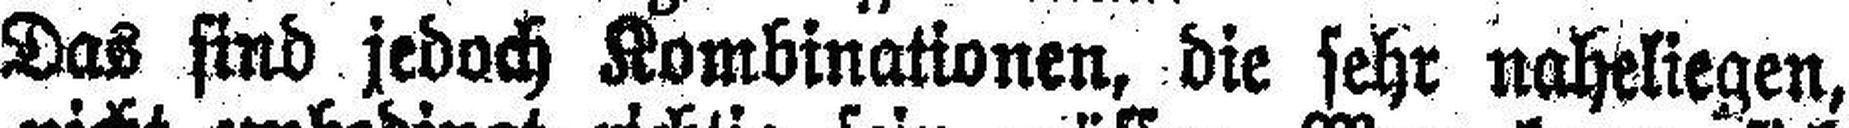
Das sind jedoch Kombinationen, die sehr naheliegen,